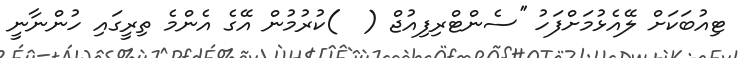
ޓިއުބަކަށް ލޭއެޅުމަށްފަހު ''ސެންޓްރިފިއުޖް (  )ކުރުމުން އޭގެ އެންމެ ތިރީގައި ހުންނާނީ